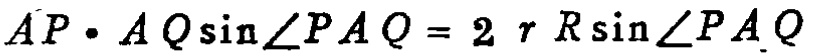
\[AP\cdot AQ\sin\angle PAQ = 2rR\sin\angle PAQ\]